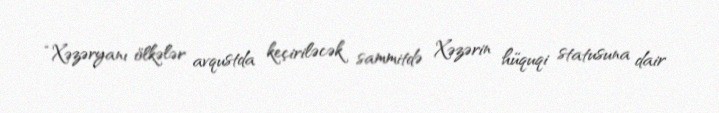
“Xəzəryanı ölkələr avqustda keçiriləcək sammitdə Xəzərin hüquqi statusuna dair